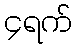
၄ရက်